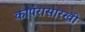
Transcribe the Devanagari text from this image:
कापरासारखी